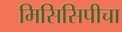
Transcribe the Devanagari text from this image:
मिसिसिपीचा